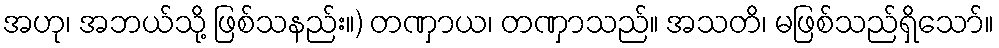
အဟု၊ အဘယ်သို့ ဖြစ်သနည်း။) တဏှာယ၊ တဏှာသည်။ အသတိ၊ မဖြစ်သည်ရှိသော်။